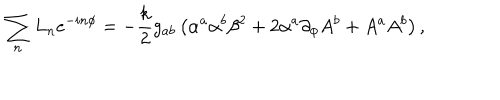
LaTeX: \sum _ { n } L _ { n } e ^ { - i n \phi } = - { \frac { k } { 2 } } g _ { a b } \left( \alpha ^ { a } \alpha ^ { b } \beta ^ { 2 } + 2 \alpha ^ { a } \partial _ { \phi } A ^ { b } + A ^ { a } A ^ { b } \right) ,